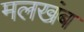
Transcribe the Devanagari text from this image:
मलखंब